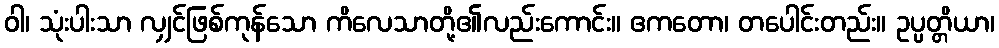
ဝါ၊ သုံးပါးသာ လျှင်ဖြစ်ကုန်သော ကိလေသာတို့၏လည်းကောင်း။ ဧကတော၊ တပေါင်းတည်း။ ဥပ္ပတ္တိယာ၊